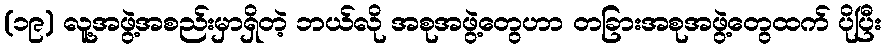
(၁၉) လူ့အဖွဲ့အစည်းမှာရှိတဲ့ ဘယ်လို အစုအဖွဲ့တွေဟာ တခြားအစုအဖွဲ့တွေထက် ပိုပြီး